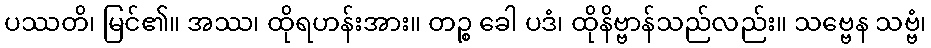
ပဿတိ၊ မြင်၏။ အဿ၊ ထိုရဟန်းအား။ တဉ္စ ခေါ ပဒံ၊ ထိုနိဗ္ဗာန်သည်လည်း။ သဗ္ဗေန သဗ္ဗံ၊